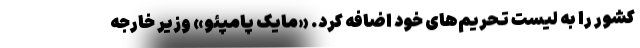
کشور را به لیست تحریم‌های خود اضافه کرد. «مایک پامپئو» وزیر خارجه